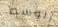
الوسط